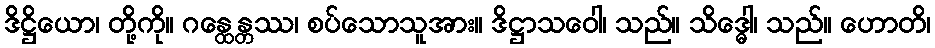
ဒိဋ္ဌိယော၊ တို့ကို။ ဂန္ထေန္တဿ၊ စပ်သောသူအား။ ဒိဋ္ဌာသဝေါ၊ သည်။ သိဒ္ဓေါ၊ သည်။ ဟောတိ၊